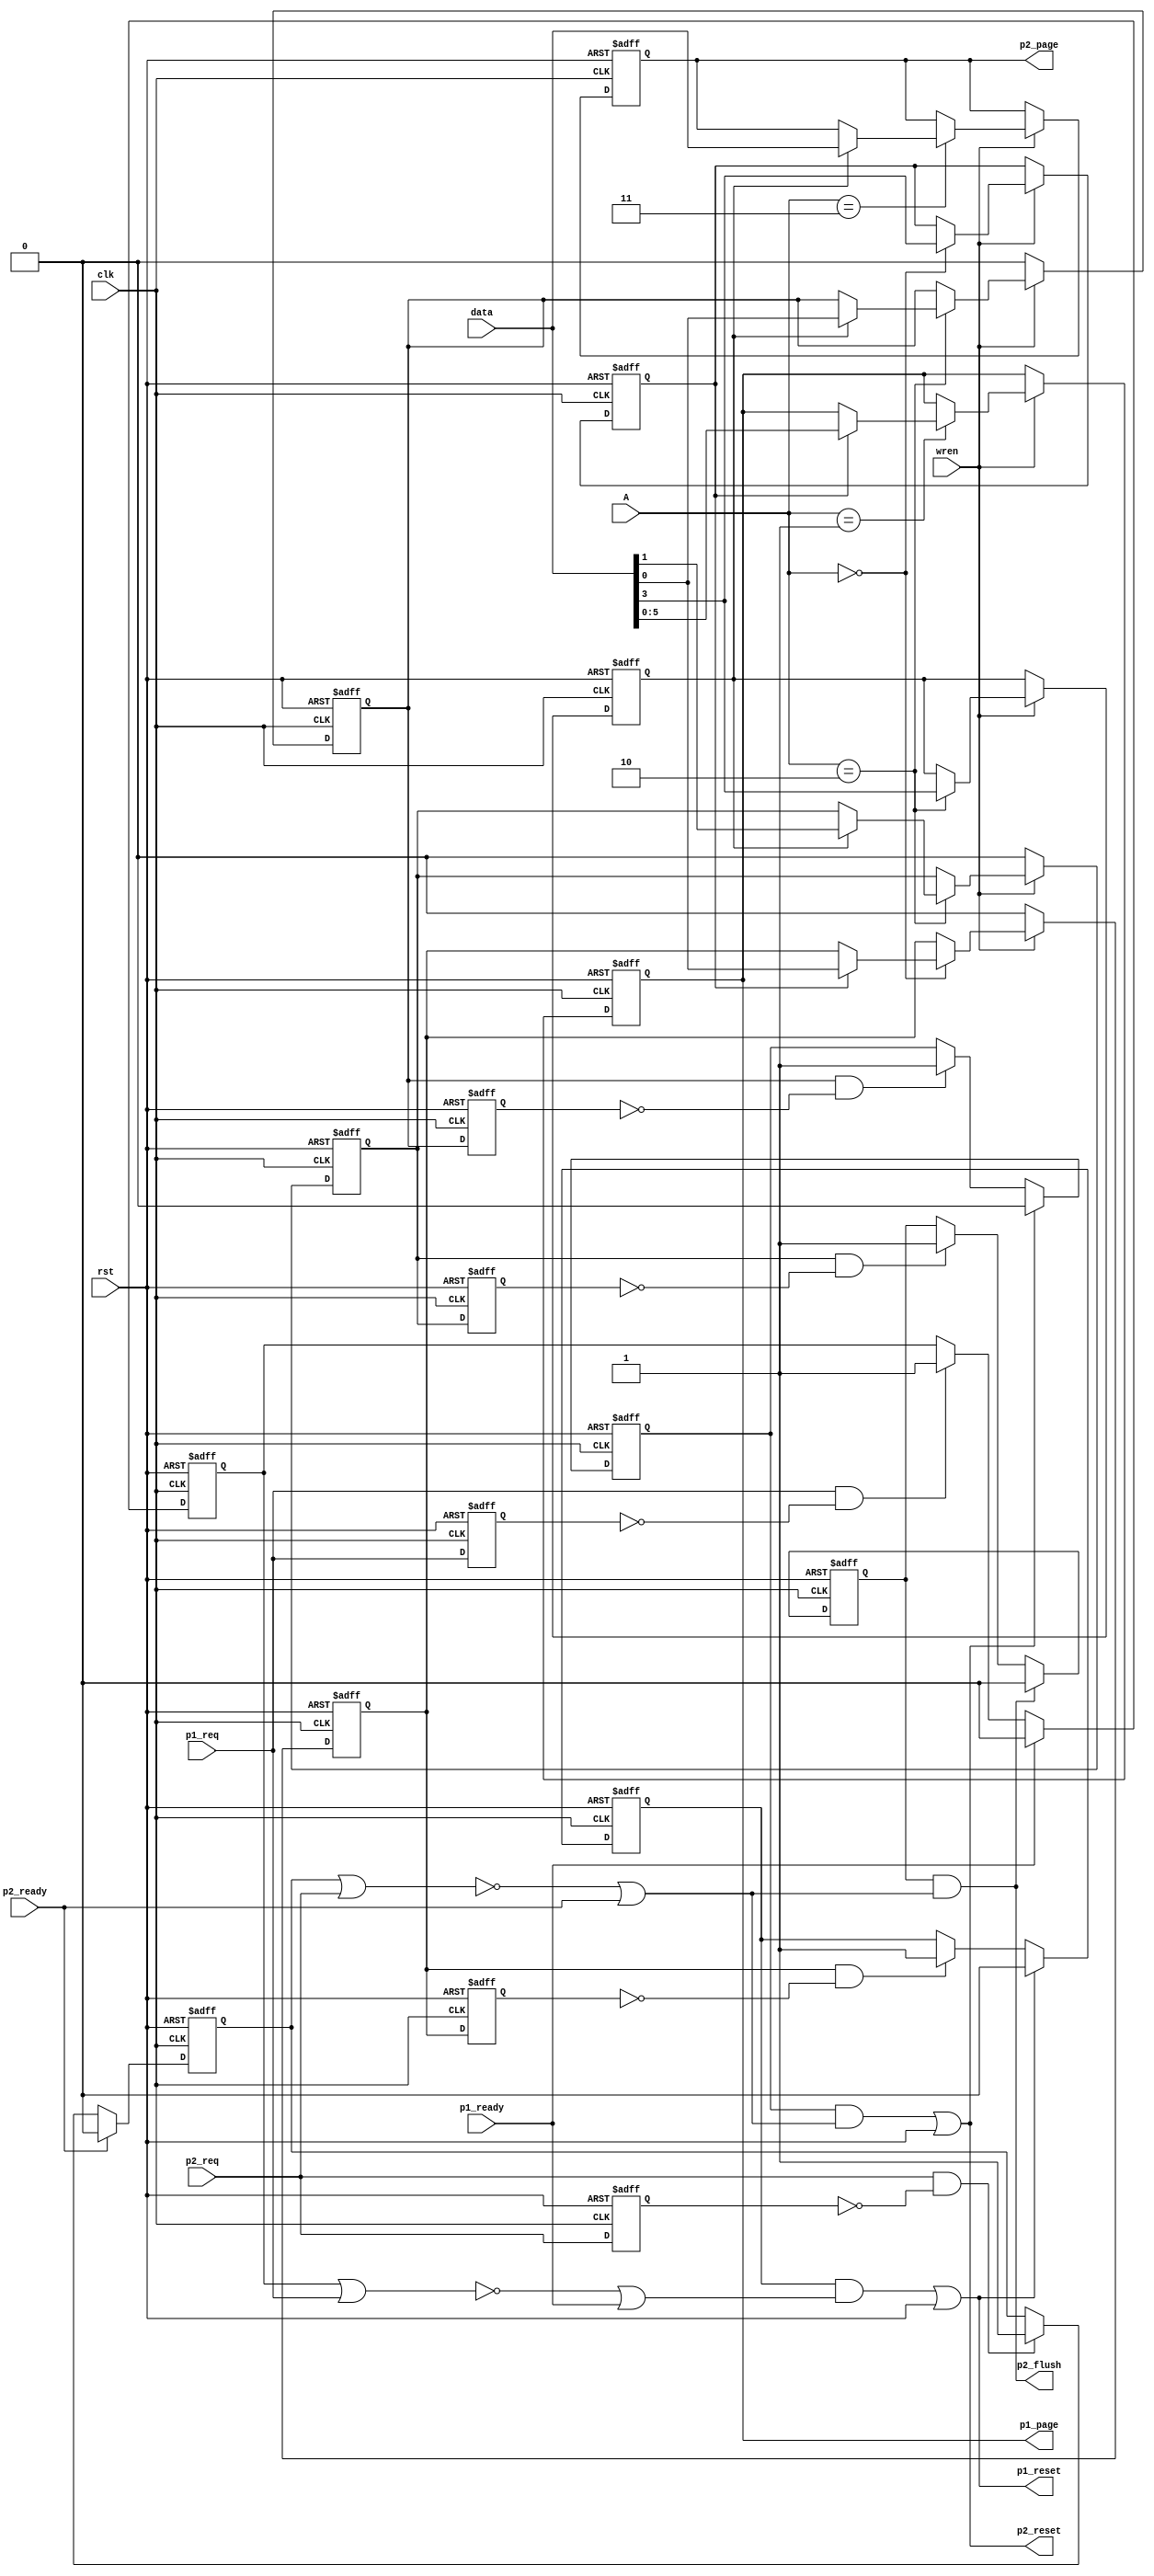
// Memory Subsystem Control Unit
module MSC(
			input wire clk,
			input wire rst,
			input wire wren,
			input wire[1:0] A,
			input wire[6:0] data,
			output wire[5:0] p1_page,
			output wire[6:0] p2_page,
			output wire p1_reset,
			output wire p2_reset,
			output wire p2_flush,
			input wire p2_req,
			input wire p1_req,
			input wire p2_ready,
			input wire p1_ready);
// Address map
//	0x0 program space control register
//		bit0	reset bit
//		bit1	reserved
//		bit2	reserved
//		bit3	control enable bit
//	0x1 program space page register
//	0x2 data space control register
//		bit0	reset bit
//		bit1	flush bit
//		bit2	reserved
//		bit3	control enable bit
// 0x3 data space page register

reg[5:0] program_page;
reg[6:0] data_page;
reg p1_control_enable;
reg p2_control_enable;
reg p1_reset_reg;
reg prev_p1_reset_reg;
reg p2_reset_reg;
reg prev_p2_reset_reg;
reg p2_flush_reg;
reg prev_p2_flush_reg;

reg prev_p2_req;
reg prev_p1_req;
reg p2_active;
reg p1_active;
reg p1_reset_req;
reg p2_reset_req;
reg p2_flush_req;

wire p2_idle;
wire p1_idle;

assign p2_idle = ~(p2_active | p2_req) | p2_ready;
assign p1_idle = ~(p1_active | p1_req) | p1_ready;

always @(posedge clk or posedge rst)
begin
	if(rst)
	begin
		prev_p2_req <= 1'b0;
		prev_p1_req <= 1'b0;
		p2_active <= 1'b0;
		p1_active <= 1'b0;
		p1_reset_req <= 1'b1;
		p2_reset_req <= 1'b1;
		p2_flush_req <= 1'b0;
	end
	else
	begin
		prev_p2_req <= p2_req;
		prev_p1_req <= p1_req;
		if(p2_req & ~prev_p2_req)
			p2_active <= 1'b1;
		if(p2_ready)
			p2_active <= 1'b0;
		if(p1_req & ~prev_p1_req)
			p1_active <= 1'b1;
		if(p1_ready)
			p1_active <= 1'b0;
		
		if(p1_reset_reg & ~prev_p1_reset_reg)
			p1_reset_req <= 1'b1;
		if(p1_reset)
			p1_reset_req <= 1'b0;
		if(p2_reset_reg & ~prev_p2_reset_reg)
			p2_reset_req <= 1'b1;
		if(p2_reset)
			p2_reset_req <= 1'b0;
		if(p2_flush_reg & ~prev_p2_flush_reg)
			p2_flush_req <= 1'b1;
		if(p2_flush)
			p2_flush_req <= 1'b0;
	end
end

always @(posedge clk or posedge rst)
begin
	if(rst)
	begin
		program_page <= 0;
		data_page <= 0;
		p1_control_enable <= 1'b0;
		p2_control_enable <= 1'b0;
		p1_reset_reg <= 1'b0;
		prev_p1_reset_reg <= 1'b0;
		p2_reset_reg <= 1'b0;
		prev_p2_reset_reg <= 1'b0;
		p2_flush_reg <= 1'b0;
		prev_p2_flush_reg <= 1'b0;
	end
	else
	begin
		prev_p1_reset_reg <= p1_reset_reg;
		prev_p2_reset_reg <= p2_reset_reg;
		prev_p2_flush_reg <= p2_flush_reg;
		if(wren)
		begin
			case(A)
			2'b00:
			begin
				p1_control_enable <= data[3];
				if(p1_control_enable)
					p1_reset_reg <= data[0];
			end
			2'b01:
			begin
				if(p1_control_enable)
					program_page <= data[5:0];
			end
			2'b10:
			begin
				p2_control_enable <= data[3];
				if(p2_control_enable)
				begin
					p2_reset_reg <= data[0];
					p2_flush_reg <= data[1];
				end
			end
			2'b11:
			begin
				if(p2_control_enable)
					data_page <= data[6:0];
			end
			endcase
		end
		else
		begin
			p1_reset_reg <= 1'b0;
			p2_reset_reg <= 1'b0;
			p2_flush_reg <= 1'b0;
		end
	end
end

assign p1_page = program_page;
assign p2_page = data_page;
assign p1_reset = (p1_reset_req & p1_idle) | rst;
assign p2_reset = (p2_reset_req & p2_idle) | rst;
assign p2_flush = p2_flush_req & p2_idle;

endmodule